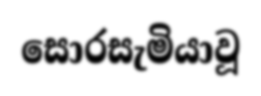
සොරසැමියාවූ